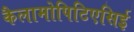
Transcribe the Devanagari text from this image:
कैलामोपिटिएसिई